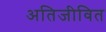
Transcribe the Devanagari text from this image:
अतिजीवित